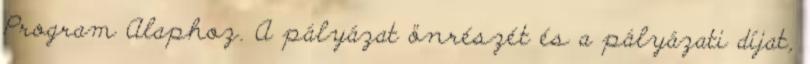
Program Alaphoz. A pályázat önrészét és a pályázati díjat,